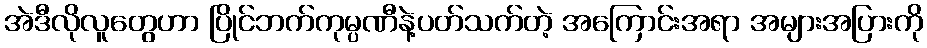
အဲဒီလိုလူတွေဟာ ပြိုင်ဘက်ကုမ္ပဏီနဲ့ပတ်သက်တဲ့ အကြောင်းအရာ အများအပြားကို